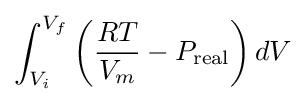
\int _{V_{i}}^{V_{f}}\left({\frac {RT}{V_{m}}}-P_{\text{real}}\right)dV